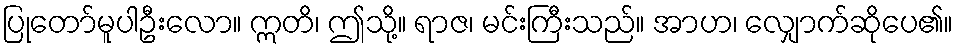
ပြုတော်မူပါဦးလော။ ဣတိ၊ ဤသို့။ ရာဇ၊ မင်းကြီးသည်။ အာဟ၊ လျှောက်ဆိုပေ၏။